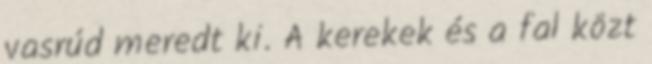
vasrúd meredt ki. A kerekek és a fal közt